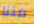
مننا